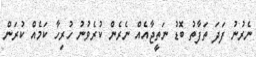
ނެރުނު ފަދަ ތަފާތު ބޮޑު ނަތީޖާއެއް ނެރެން ކުރެވުނު ހުރިހާ ކަމެއް ކުރަން